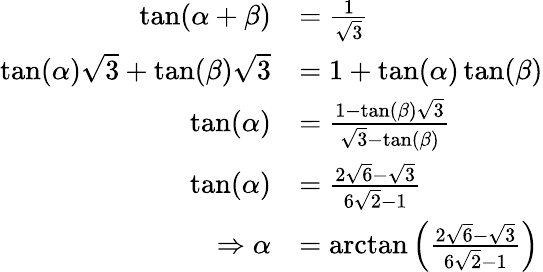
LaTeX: \begin{array}{rl}{\tan(\alpha+\beta)}&{=\frac{1}{\sqrt{3}}}\\ {\tan(\alpha)\sqrt{3}+\tan(\beta)\sqrt{3}}&{=1+\tan(\alpha)\tan(\beta)}\\ {\tan(\alpha)}&{=\frac{1-\tan(\beta)\sqrt{3}}{\sqrt{3}-\tan(\beta)}}\\ {\tan(\alpha)}&{=\frac{2\sqrt{6}-\sqrt{3}}{6\sqrt{2}-1}}\\ {\Rightarrow\alpha}&{=\arctan\left(\frac{2\sqrt{6}-\sqrt{3}}{6\sqrt{2}-1}\right)}\end{array}